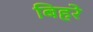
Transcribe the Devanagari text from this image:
बिहरे